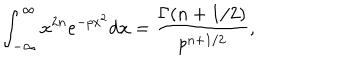
\int _ { - \infty } ^ { \infty } x ^ { 2 n } e ^ { - p x ^ { 2 } } \mathrm { d } x = { \frac { \Gamma ( n + 1 / 2 ) } { p ^ { n + 1 / 2 } } } ,